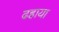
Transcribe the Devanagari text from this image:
ढहाया